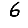
Digit: 6